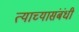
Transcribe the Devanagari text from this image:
त्याच्यासंबंधी